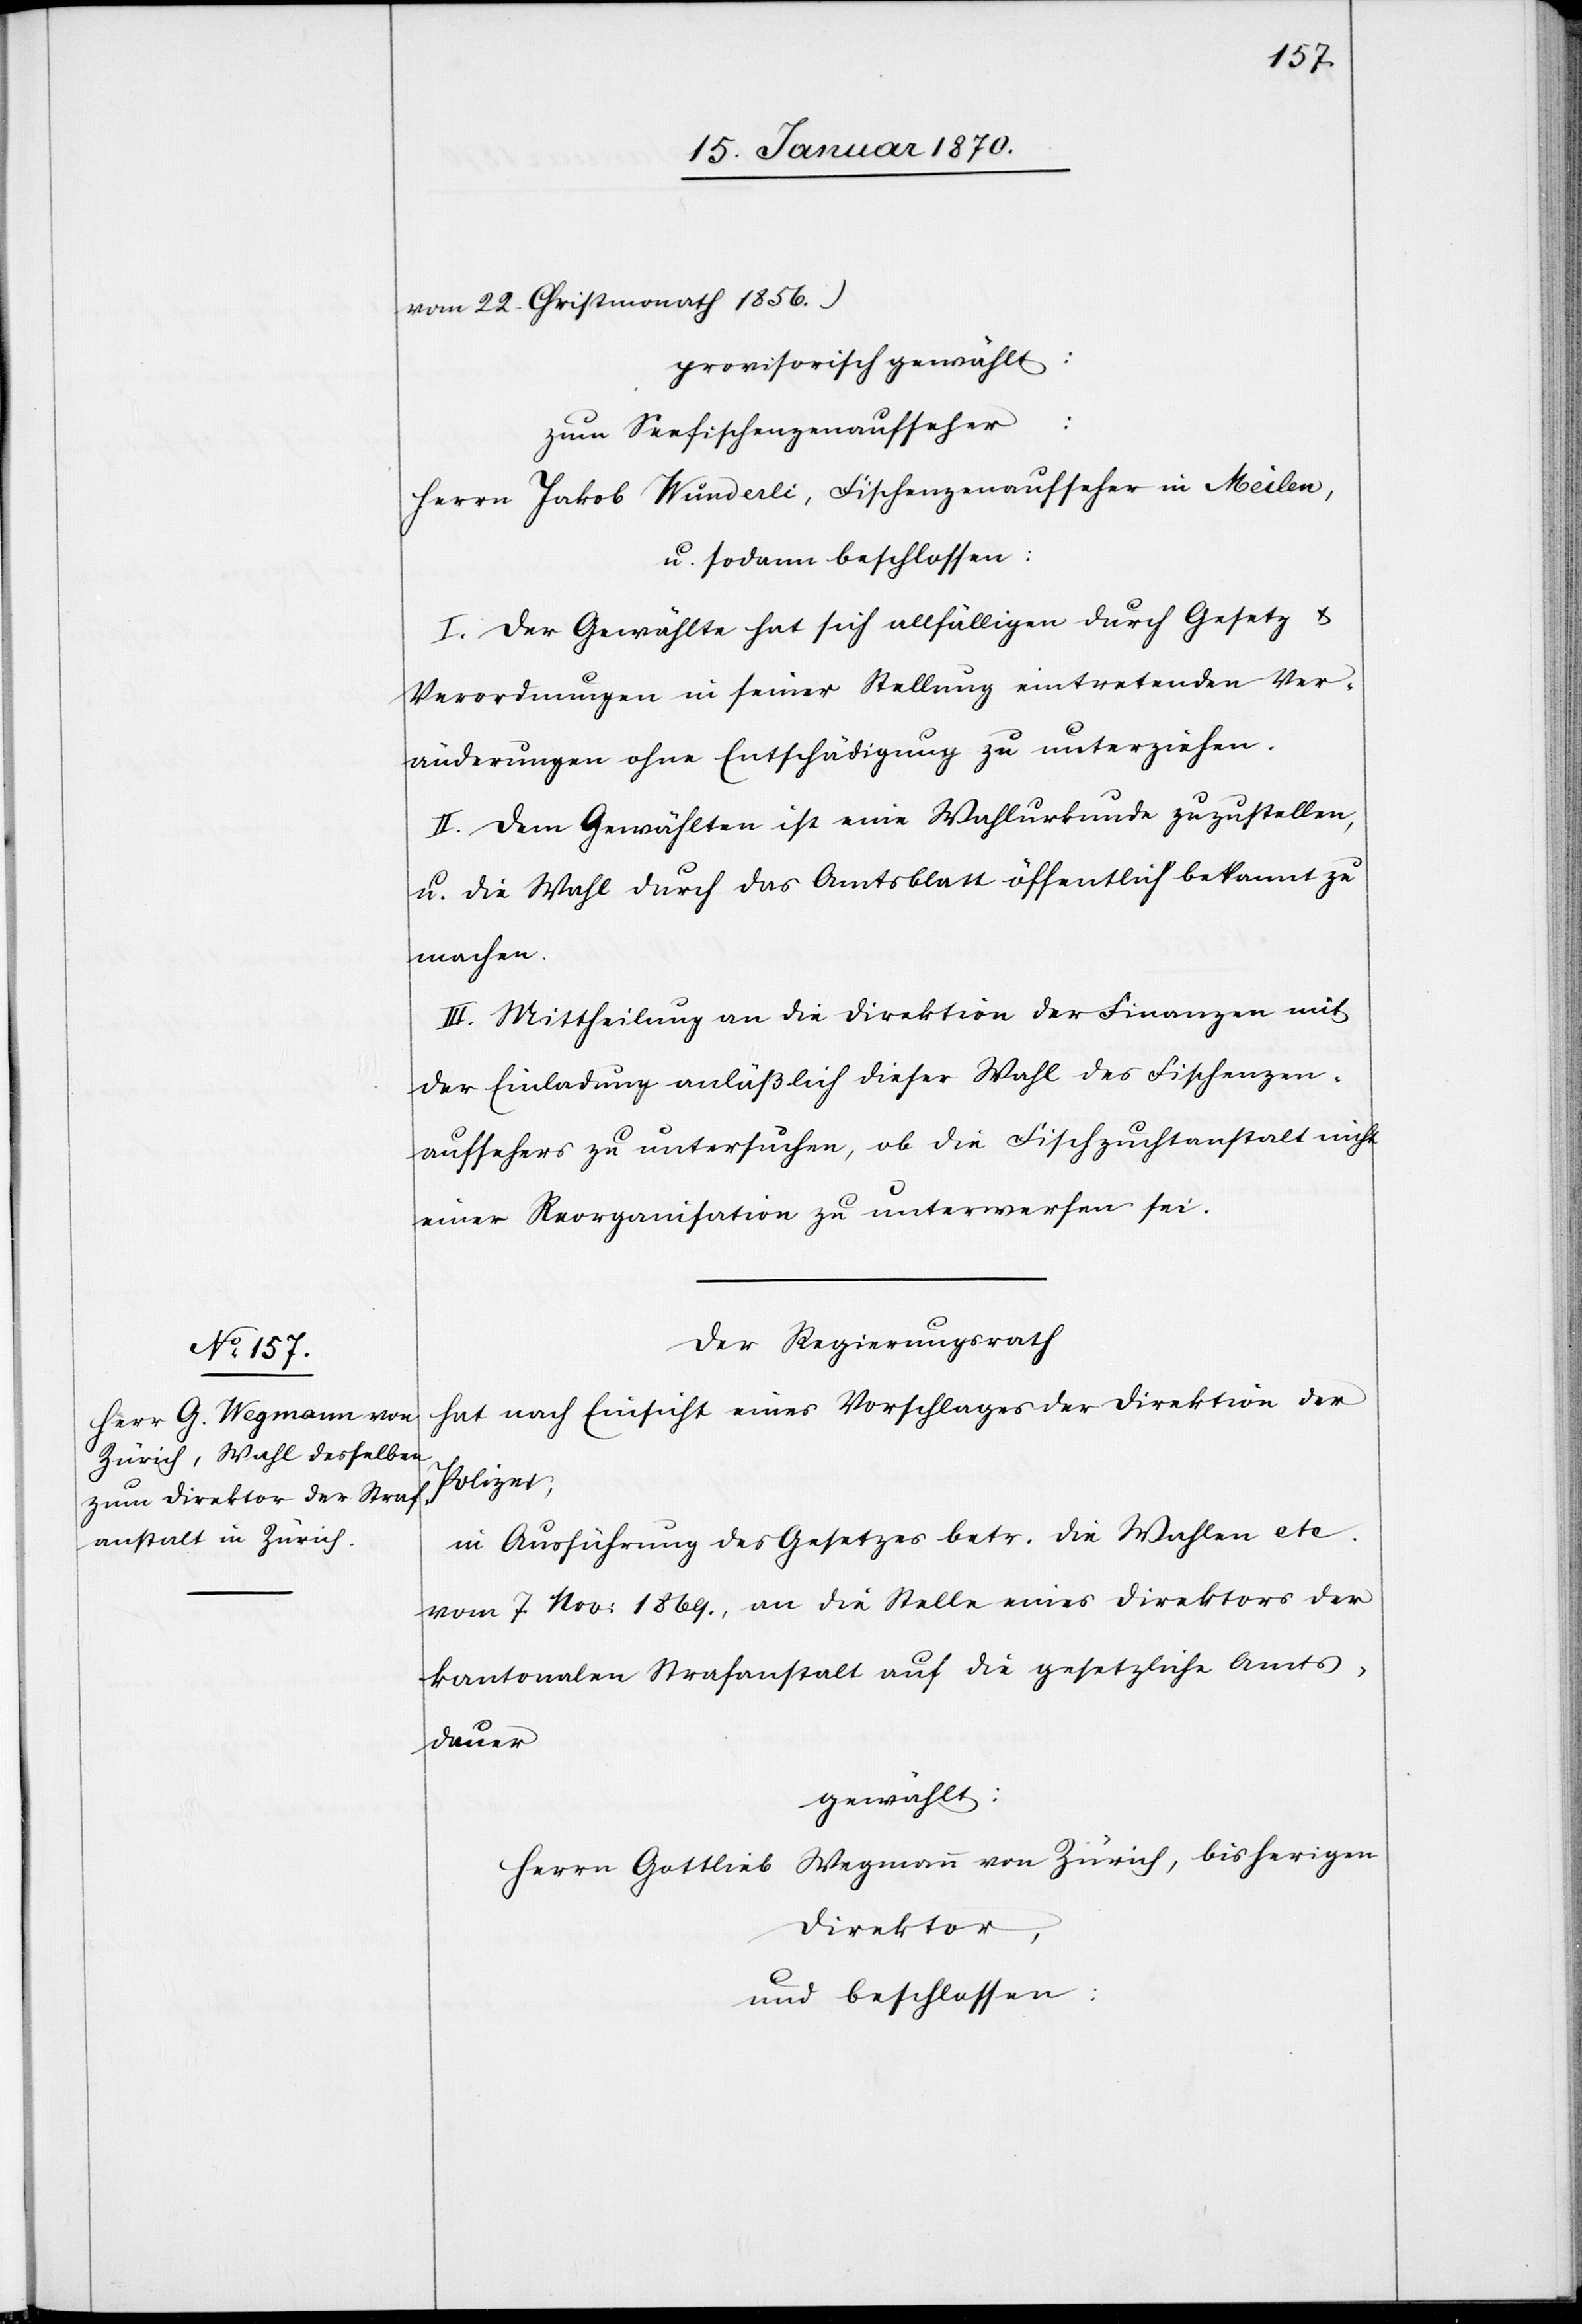
vom 22. Christmonath 1856.)
provisorisch gewählt:
zum Seefischenzenaufseher:
Herrn Jakob Wünderli [sic!], Fischenzenaufseher in Meilen,
u. sodann beschlossen:
I. Der Gewählte hat sich allfälligen durch Gesetz u.
Verordnungen in seiner Stellung eintretenden Ver¬
änderungen ohne Entschädigung zu unterziehen.
II. Dem Gewählten ist eine Wahlurkunde zuzustellen,
u. die Wahl durch das Amtsblatt öffentlich bekannt zu
machen.
III. Mittheilung an die Direktion der Finanzen mit
der Einladung anläßlich dieser Wahl des Fischenzen¬
aufsehers zu untersuchen, ob die Fischzuchtanstalt nicht
einer Reorganisation zu unterwerfen sei.
Der Regierungsrath
hat nach Einsicht eines Vorschlages der Direktion der
Polizei;
in Ausführung des Gesetzes betr. die Wahlen etc.
vom 7. Nov: 1869., an die Stelle eines Direktors der
kantonalen Strafanstalt auf die gesetzliche Amts¬
dauer
gewählt:
Herrn Gottlieb Wegmann von Zürich, bisherigen
Direktor,
und beschlossen: